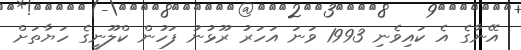
އޭނާގެ އެ ކައިވެނި 1993 ވަނަ އަހަރު ރޫޅުނު ފަހުން ކްލޫނީގެ ހަޔާތަށް